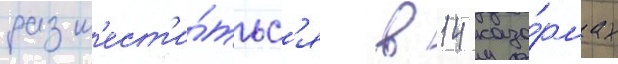
разм'ест'и́тьс'я в 14 каза́рмах